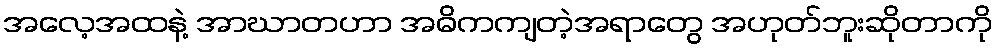
အလေ့အထနဲ့ အာဃာတဟာ အဓိကကျတဲ့အရာတွေ အဟုတ်ဘူးဆိုတာကို